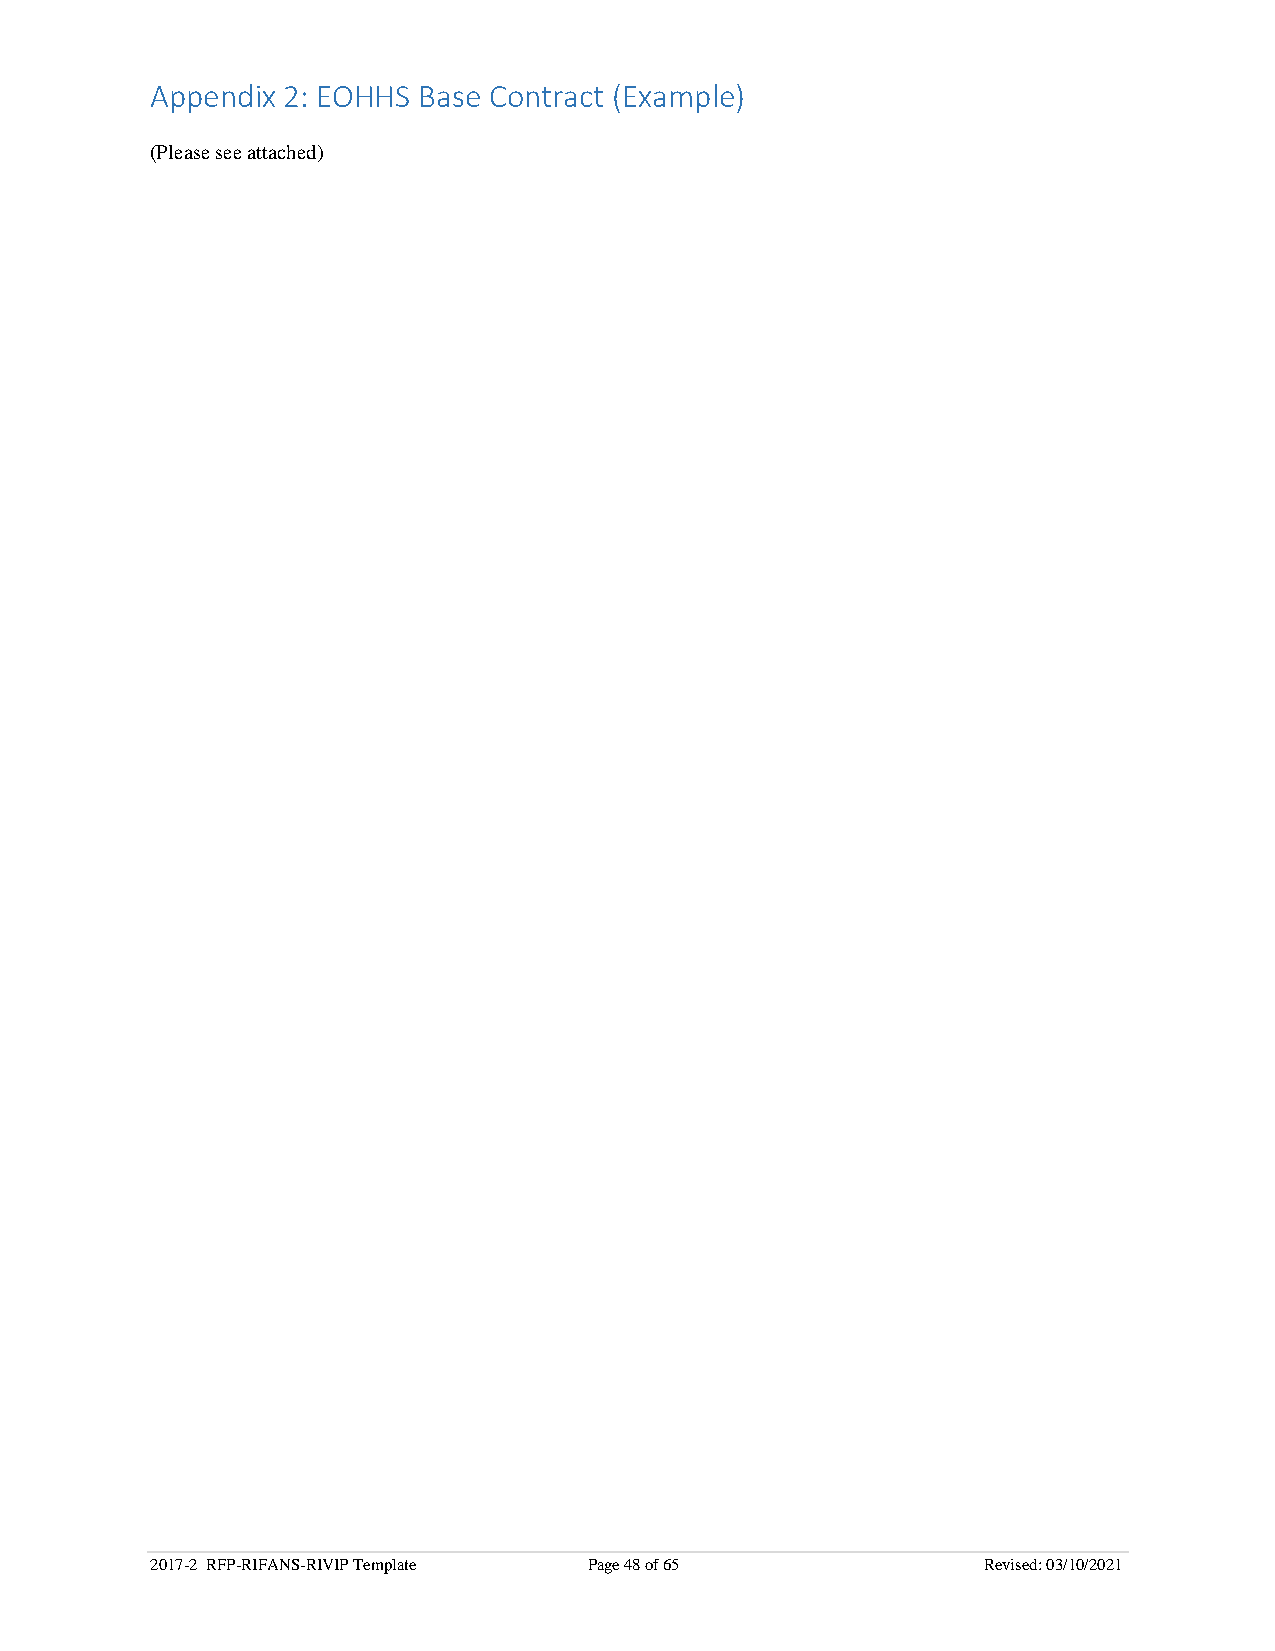
Appendix 2: EOHHS Base Contract (Example)
 (Please see attached)
 2017-2 RFP-RIFANS-RIVIP Template Page 48 of 65         Revised: 03/10/2021